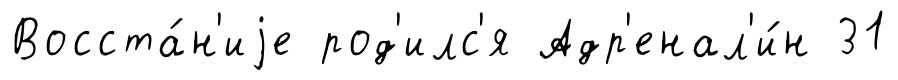
Восста́н'иjе род'илс'я Адр'енал'и́н 31